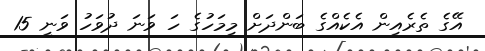
އޭގެ ތެރެއިން އެކެއްގެ ބަންދަށް މިމަހުގެ ހަ ވަނަ ދުވަހު ވަނީ 15